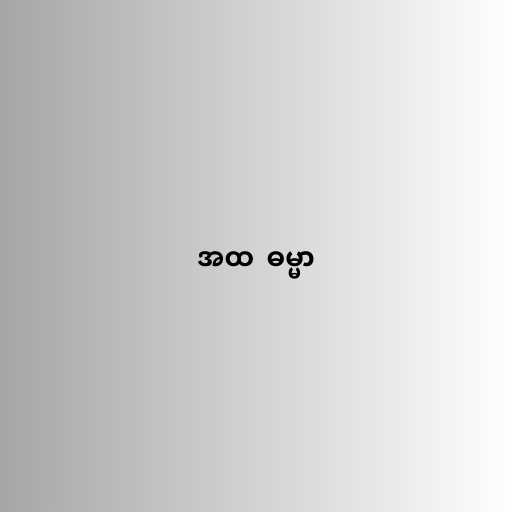
အထ  ဓမ္မာ